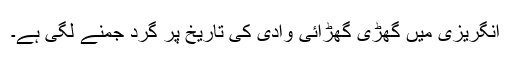
انگریزی میں گھڑی گھڑائی وادی کی تاریخ پر گرد جمنے لگی ہے۔